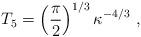
LaTeX: \begin{align*}T_5 =\left ( {\pi\over 2}\right )^{1/3} \kappa^{-4/3}\ ,\end{align*}